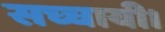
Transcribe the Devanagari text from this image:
सच्चायी।